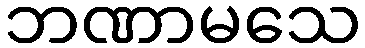
ဘဏာမသေ